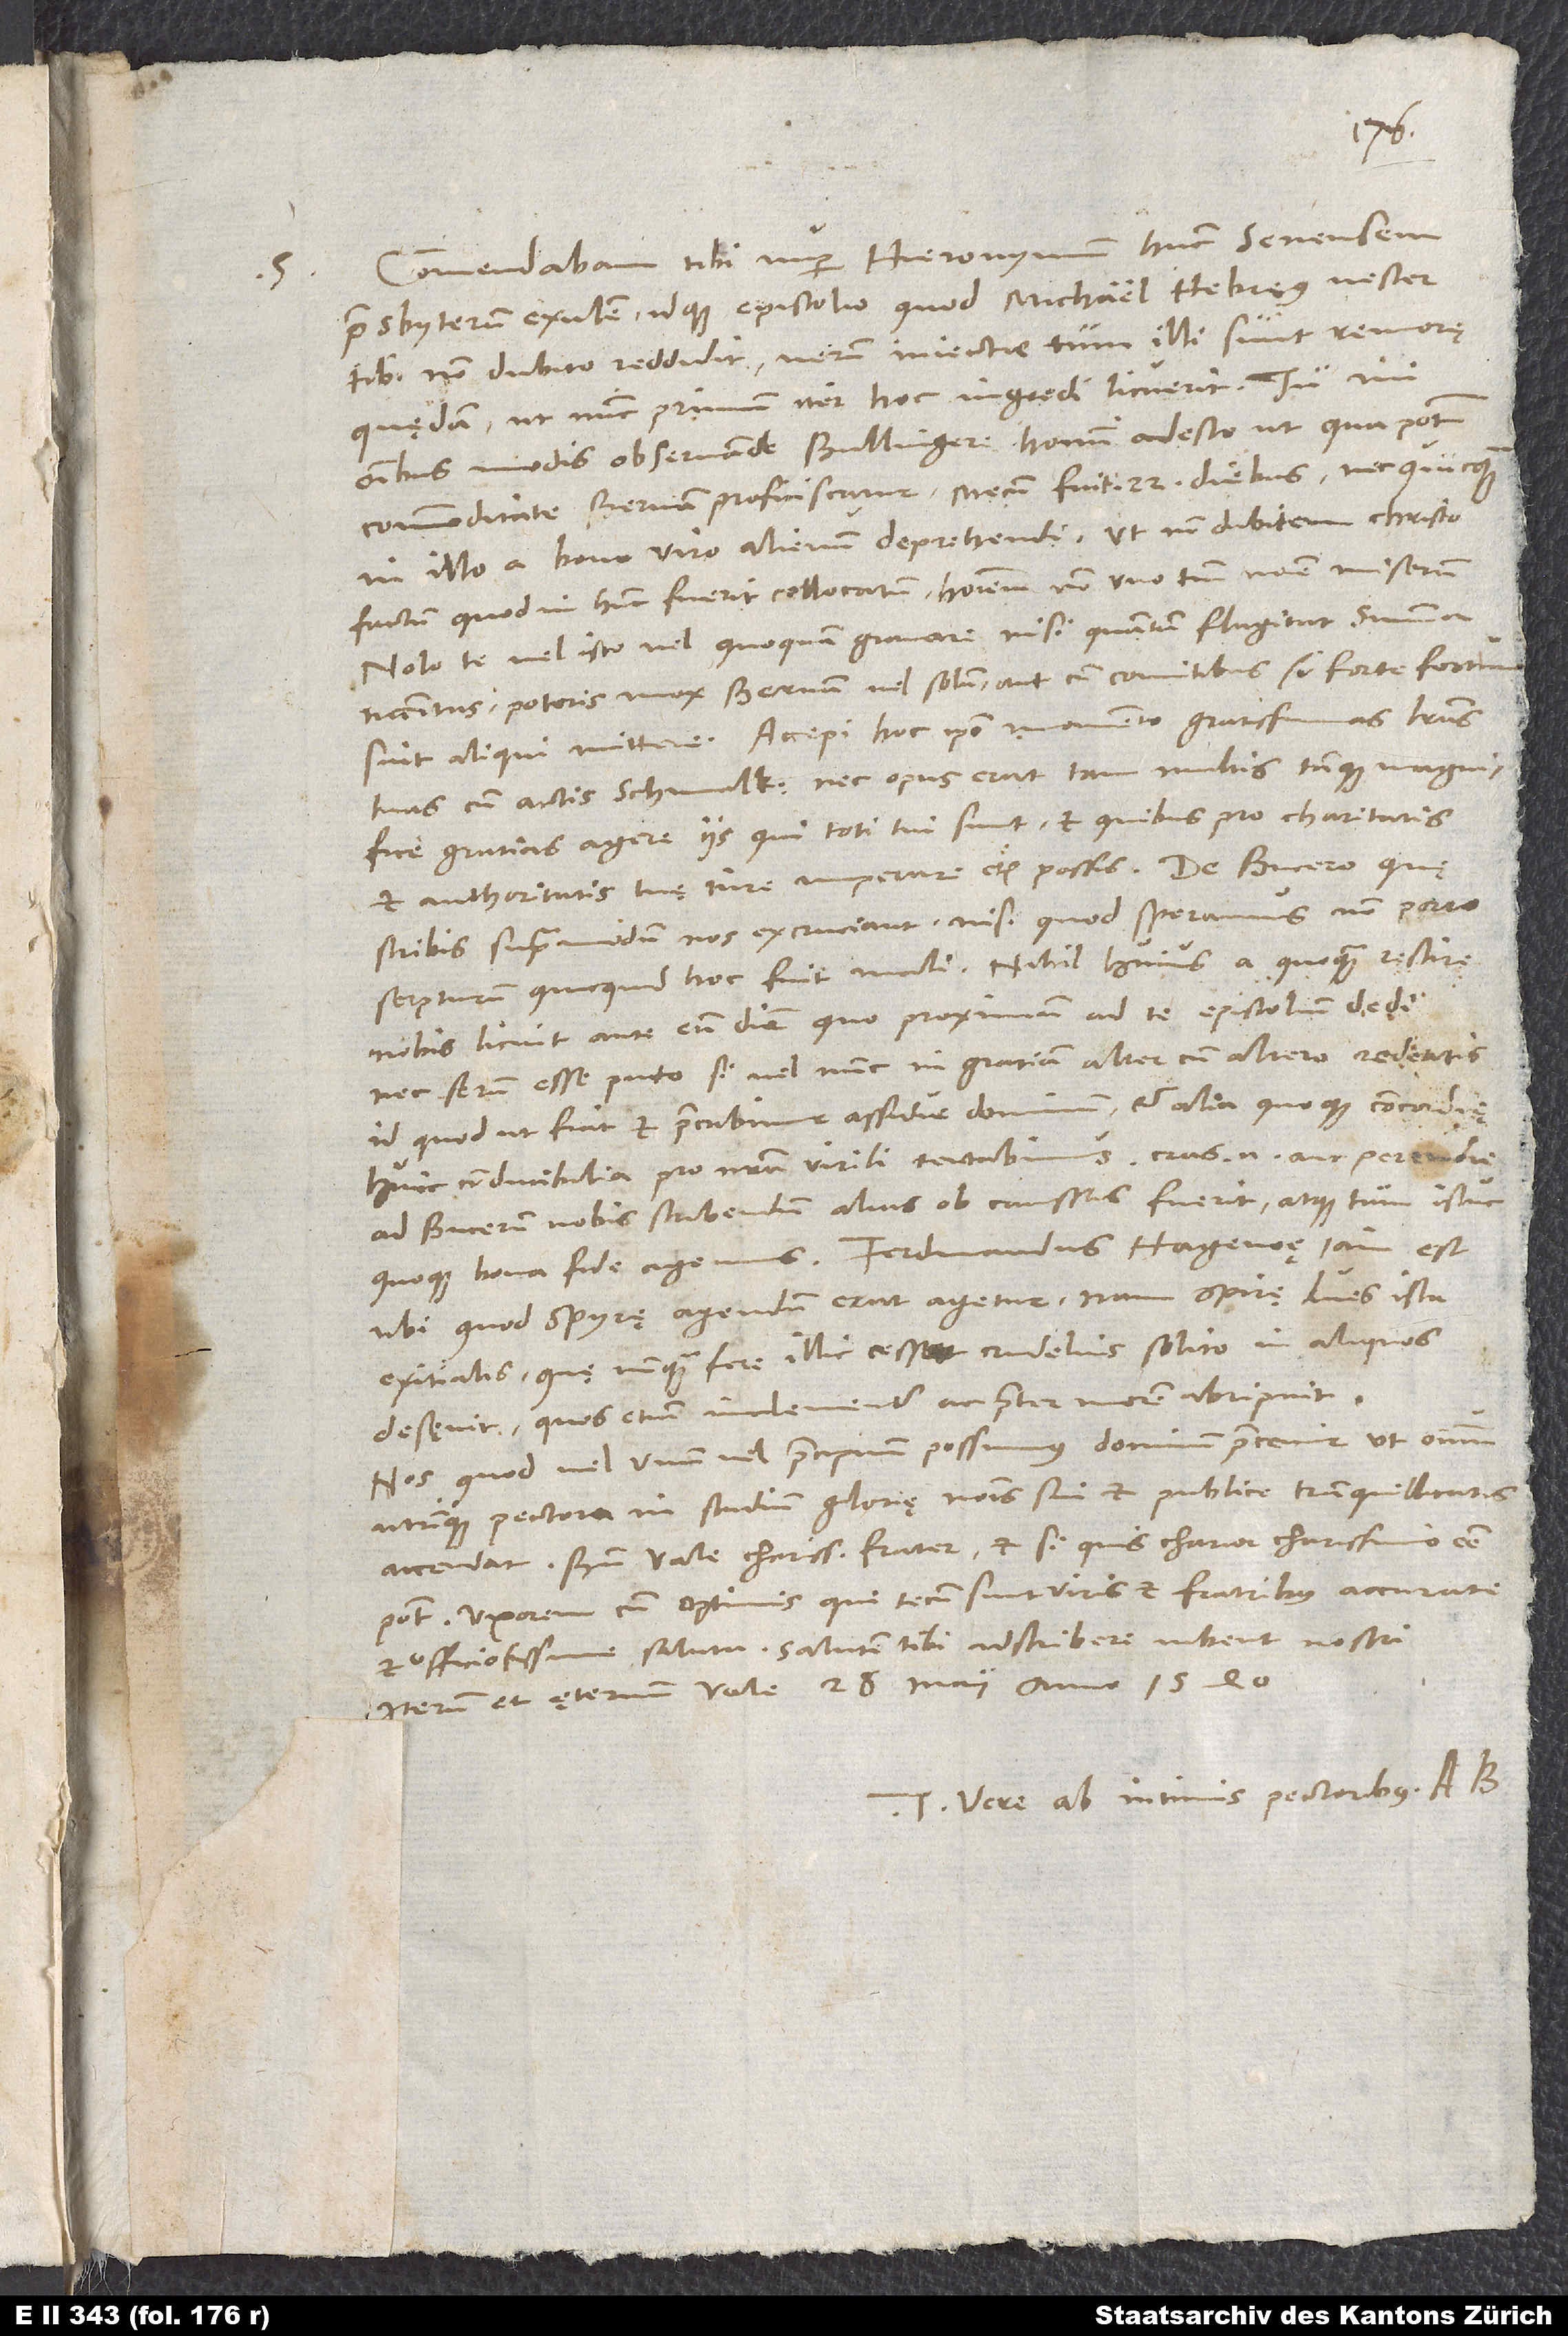
S.

Commendabam tibi nuper Hieronymum hunc Senensem
presbyterum exulem idque epistolio, quod Michael Hebreus vester
tibi, non dubito, reddidit. Verum iniectae tum illi sunt remorę
quędam, ut nunc primum iter hoc ingredi licuerit. Tu, mi
omnibus modis observande Bullingere, homini adesto, ut, qua potest
commoditate, Bernam proficiscatur. Mecum fuit 22 diebus, nec quicquam
in illo a bono viro alienum deprehendi, ut non dubitem Christo
factum, quod in hunc fuerit collocatum, hominem non uno tantum nomine miserum.
Nolo te vel isto vel quoquam gravare, nisi quantum flagitat summa
necessitas; poteris mox Bernam vel solum aut cum comitibus, si forte fortuna
tuas cum actis Schmalk, nec opus erat tam multis tamque magnifice
gratias agere iis, qui toti tui sunt et quibus pro charitatis
et authoritatis tuę iure imperare etiam possis.
scribis, supra modum nos excruciant, nisi quod speramus non porro
serpturum, quicquid hoc fuit mali. Nihil huius a quoquam rescire
nobis licuit ante eum diem, quo proximum ad te epistolium dedi,
nec serum esse puto, si vel nunc in gratiam alter cum altero redeatis,
id quod ut fiat, et precabimur assidue dominum et alia quoque concordię
huic conducibilia pro nostra virili tentabimus; cras enim aut perendie
ad Bucerum nobis scribendum alias ob caussas fuerit, atque tum istuc
ubi, quod Spyrę agendum erat, agetur; nam Spirę lues ista
exitialis, quę nunquam fere illic cessat, crudelius solito in aliquos
desęvit, quos etiam inclementer ac praeter morem abripuit.
Nos, quod vel unum vel praecipuum possumus, dominum precemur, ut omnium
utrinque pectora in studium glorię nominis sui et publice tranquillitatis
accendat. Bene vale, charissime frater et si quis charior charissimo esse
Uxorem cum optimis, qui tecum sunt, viris et fratribus accurate
et officiosissime saluta. Salutem tibi adscribere iubent nostri.
Iterum et ęternum vale. 28. maii anno 1540.
Tuus vere ab intimis pectoribus A.